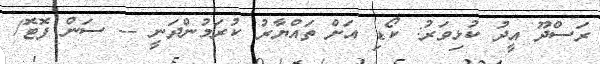
ރަސްދޫ އީދު ކުޅިވަރު: ކޯޑި އަށް ތައްޔާރު ކުރަމުންދަނީ -- ސަން ފޮޓޮ/